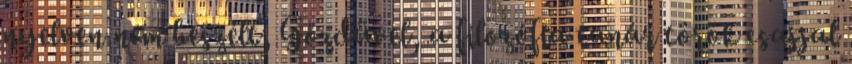
nyelven nem beszélt, Gőzdüvel, a filozófia tanár török csajjal